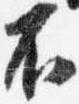
不